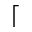
\lceil